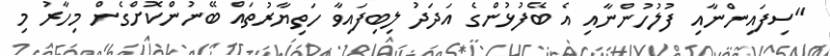
"ސިފައިންނާއި ފުލުހުންނާއި އެ ބޭފުޅުންގެ އަދަދު ލިބިފައިވާ ހަތިޔާރުތައް ބޭނުންކޮށްގެން މިހާރު މި